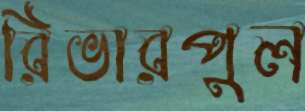
রিভারপুল